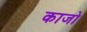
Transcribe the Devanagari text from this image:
काजो